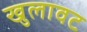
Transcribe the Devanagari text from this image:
खुलावट